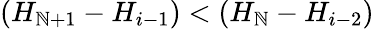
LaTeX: (H_{\mathbb{N}+1}-H_{i-1})<(H_{\mathbb{N}}-H_{i-2})